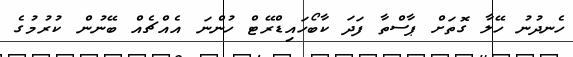
ހެނދުނު ހޭލާ ގޮތަށް ޕާސްތާ ފަދަ ކާބޯހައިޑްރޭޓް ހުންނަ އެއްޗެއް ބޭނުން ކުރުމުގެ